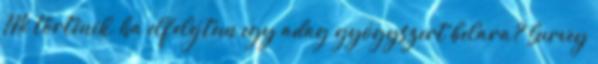
Mi történik, ha elfelejtem egy adag gyógyszert belara? Survey